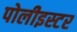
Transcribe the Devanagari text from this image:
पोलीइस्टर